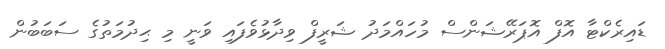
ޑައިރެކްޓާ އޮފް އޮޕަރޭޝަންސް މުހައްމަދު ޝަރީފް ވިދާޅުވެފައި ވަނީ މި ޙިދުމަތުގެ ސަބަބުން